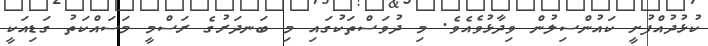
ކުޅުދުއްފުށީ ކައުންސިލުން ވިދާޅުވެއެވެ. މި ދުވަސްތަކުގައި މި ބަނދަރުގެ ރަސްމީ މަސައްކަތު ގަޑިއަކީ